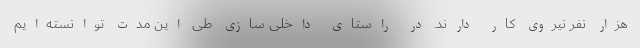
هزار نفر نیروی کار دارند. در راستای داخلی سازی طی این مدت توانسته‌ایم